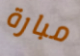
مبارة